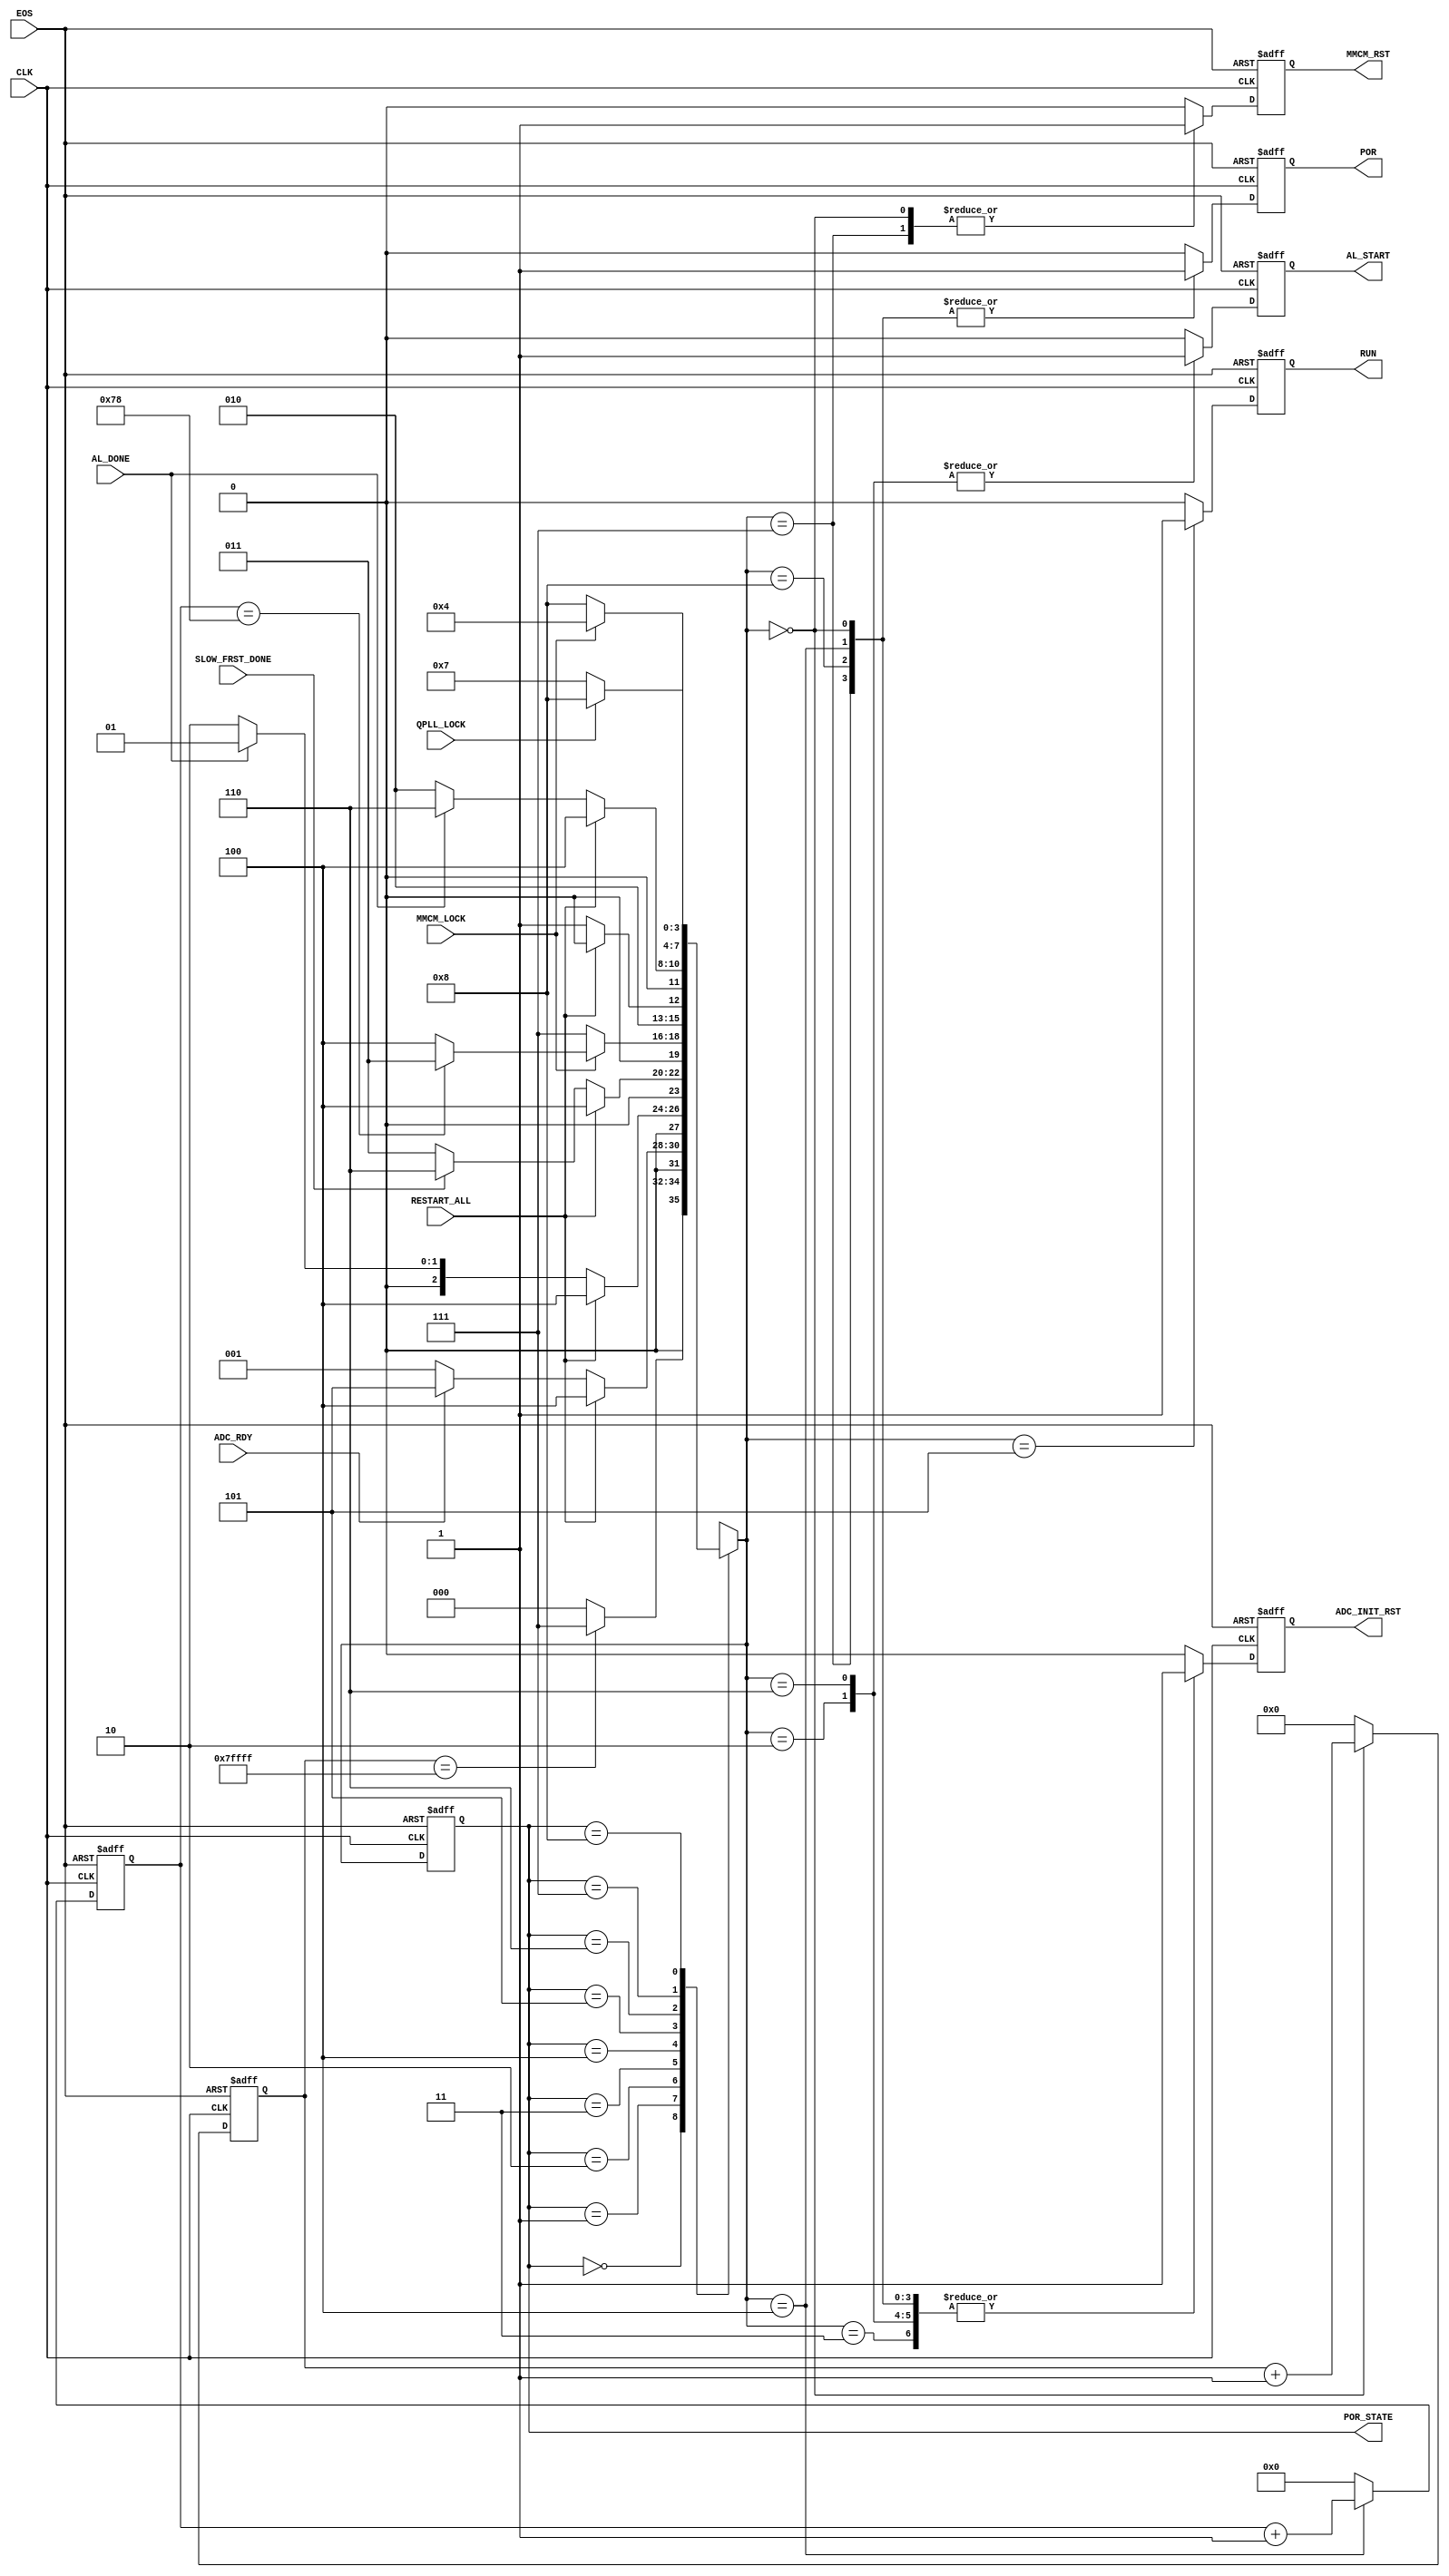

// Created by fizzim_tmr.pl version $Revision: 4.44 on 2014:12:12 at 10:56:46 (www.fizzim.com)

module Pow_on_Rst_FSM 
  #(
    parameter POR_tmo = 120,
    parameter Strt_dly = 20'h7FFFF
  )(
  output reg ADC_INIT_RST,
  output reg AL_START,
  output reg MMCM_RST,
  output reg POR,
  output reg RUN,
  output wire [3:0] POR_STATE,
  input ADC_RDY,
  input AL_DONE,
  input CLK,
  input EOS,
  input MMCM_LOCK,
  input QPLL_LOCK,
  input RESTART_ALL,
  input SLOW_FRST_DONE 
);

  // state bits
  parameter 
  Idle            = 4'b0000, 
  ADC_INIT        = 4'b0001, 
  Auto_Load       = 4'b0010, 
  Clr_AL_FIFO     = 4'b0011, 
  Pow_on_Rst      = 4'b0100, 
  Run_State       = 4'b0101, 
  Start_Auto_Load = 4'b0110, 
  W4Qpll          = 4'b0111, 
  W4SysClk        = 4'b1000; 

  reg [3:0] state;

  assign POR_STATE = state;

  reg [3:0] nextstate;


  reg [6:0] por_cnt;
  reg [19:0] strtup_cnt;

  // comb always block
  always @* begin
    nextstate = 4'bxxxx; // default to x because default_state_is_x is set
    case (state)
      Idle           : if      (strtup_cnt == Strt_dly)          nextstate = W4Qpll;
                       else                                      nextstate = Idle;
      ADC_INIT       : if      (RESTART_ALL)                     nextstate = Pow_on_Rst;
                       else if (ADC_RDY)                         nextstate = Run_State;
                       else                                      nextstate = ADC_INIT;
      Auto_Load      : if      (RESTART_ALL)                     nextstate = Pow_on_Rst;
                       else if (AL_DONE)                         nextstate = ADC_INIT;
                       else                                      nextstate = Auto_Load;
      Clr_AL_FIFO    : if      (RESTART_ALL)                     nextstate = Pow_on_Rst;
                       else if (SLOW_FRST_DONE)                  nextstate = Start_Auto_Load;
                       else                                      nextstate = Clr_AL_FIFO;
      Pow_on_Rst     : if      (!MMCM_LOCK)                      nextstate = W4Qpll;
                       else if (por_cnt == POR_tmo)              nextstate = Clr_AL_FIFO;
                       else                                      nextstate = Pow_on_Rst;
      Run_State      : if      (RESTART_ALL)                     nextstate = Pow_on_Rst;
                       else                                      nextstate = Run_State;
      Start_Auto_Load: if      (RESTART_ALL)                     nextstate = Pow_on_Rst;
                       else if (!AL_DONE)                        nextstate = Auto_Load;
                       else                                      nextstate = Start_Auto_Load;
      W4Qpll         : if      (QPLL_LOCK)                       nextstate = W4SysClk;
                       else                                      nextstate = W4Qpll;
// to temporarily ignore the QPLL_LOCK uncomment the following line and comment out the previous two
//      W4Qpll         :                                           nextstate = W4SysClk;
      W4SysClk       : if      (MMCM_LOCK)                       nextstate = Pow_on_Rst;
                       else                                      nextstate = W4SysClk;
    endcase
  end

  // Assign reg'd outputs to state bits

  // sequential always block
  always @(posedge CLK or negedge EOS) begin
    if (!EOS)
      state <= Idle;
    else
      state <= nextstate;
  end

  // datapath sequential always block
  always @(posedge CLK or negedge EOS) begin
    if (!EOS) begin
      ADC_INIT_RST <= 1;
      AL_START <= 0;
      MMCM_RST <= 1;
      POR <= 1;
      RUN <= 0;
      por_cnt <= 7'h00;
      strtup_cnt <= 20'h00000;
    end
    else begin
      ADC_INIT_RST <= 0; // default
      AL_START <= 0; // default
      MMCM_RST <= 0; // default
      POR <= 0; // default
      RUN <= 0; // default
      por_cnt <= 7'h00; // default
      strtup_cnt <= 20'h00000; // default
      case (nextstate)
        Idle           : begin
                                ADC_INIT_RST <= 1;
                                MMCM_RST <= 1;
                                POR <= 1;
                                strtup_cnt <= strtup_cnt + 1;
        end
        Auto_Load      : begin
                                ADC_INIT_RST <= 1;
                                AL_START <= 1;
        end
        Clr_AL_FIFO    :        ADC_INIT_RST <= 1;
        Pow_on_Rst     : begin
                                ADC_INIT_RST <= 1;
                                POR <= 1;
                                por_cnt <= por_cnt + 1;
        end
        Run_State      :        RUN <= 1;
        Start_Auto_Load: begin
                                ADC_INIT_RST <= 1;
                                AL_START <= 1;
        end
        W4Qpll         : begin
                                ADC_INIT_RST <= 1;
                                MMCM_RST <= 1;
                                POR <= 1;
        end
        W4SysClk       : begin
                                ADC_INIT_RST <= 1;
                                POR <= 1;
        end
      endcase
    end
  end

  // This code allows you to see state names in simulation
  `ifndef SYNTHESIS
  reg [119:0] statename;
  always @* begin
    case (state)
      Idle           : statename = "Idle";
      ADC_INIT       : statename = "ADC_INIT";
      Auto_Load      : statename = "Auto_Load";
      Clr_AL_FIFO    : statename = "Clr_AL_FIFO";
      Pow_on_Rst     : statename = "Pow_on_Rst";
      Run_State      : statename = "Run_State";
      Start_Auto_Load: statename = "Start_Auto_Load";
      W4Qpll         : statename = "W4Qpll";
      W4SysClk       : statename = "W4SysClk";
      default        : statename = "XXXXXXXXXXXXXXX";
    endcase
  end
  `endif

endmodule